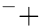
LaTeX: ^-+